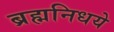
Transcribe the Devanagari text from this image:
ब्रह्मनिधये